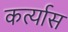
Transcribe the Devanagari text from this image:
कर्त्यास